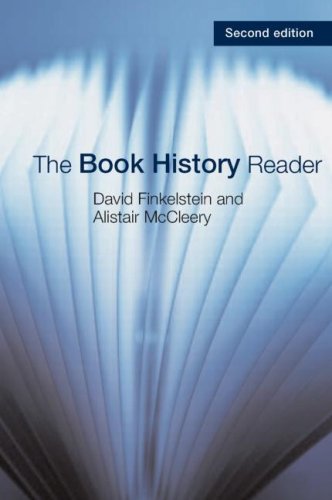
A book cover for The Book History Reader; Humor & Entertainment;